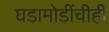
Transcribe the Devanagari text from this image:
घडामोडींचीही